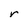
Character: r